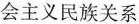
会主义民族关系